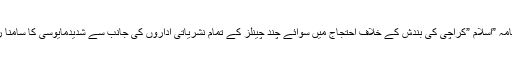
روز نامہ ”اسلام ”کراچی کی بندش کے خلاف احتجاج میں سوائے چند چینلز کے تمام نشریاتی اداروں کی جانب سے شدیدمایوسی کا سامنا رہاتھا۔